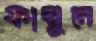
ফাল্গুনে